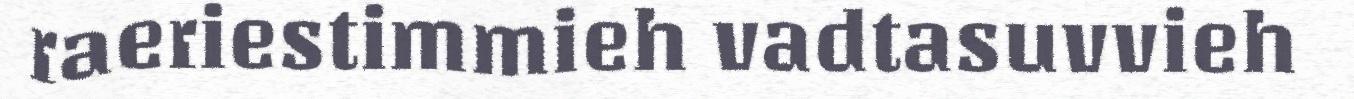
raeriestimmieh vadtasuvvieh